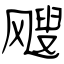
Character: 飕